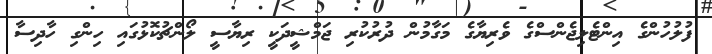
ފުލުހުންގެ އިންޓެލިޖެންސްގެ ވެރިޔާގެ މަގާމުން ދުރުކުރި ޖަމްޝީދަކީ ރިޔާސީ ލޯންޗުކޮޅުގައި ހިންގި ހާދިސާ